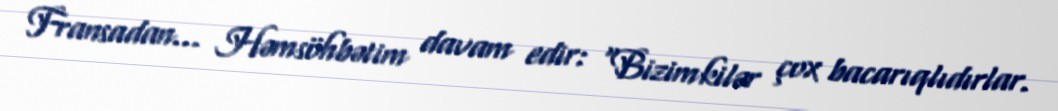
Fransadan... Həmsöhbətim davam edir: “Bizimkilər çox bacarıqlıdırlar.